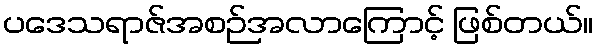
ပဒေသရာဇ်အစဉ်အလာကြောင့် ဖြစ်တယ်။